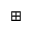
\boxplus